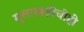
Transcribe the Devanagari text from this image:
मुलाखतींचीही